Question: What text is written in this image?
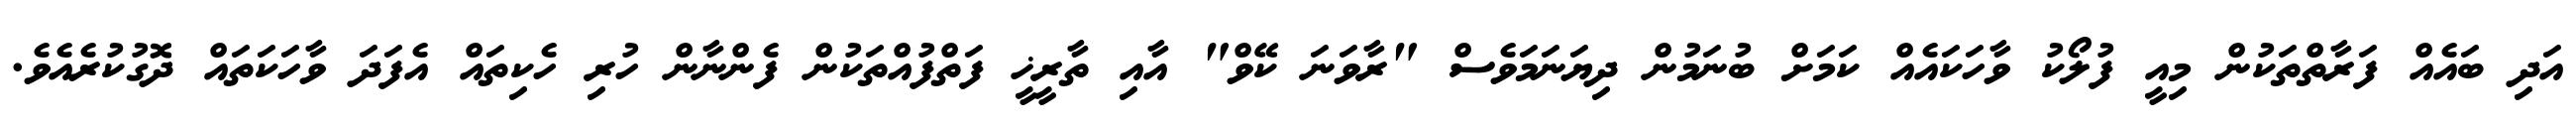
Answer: އަދި ބައެއް ފަރާތްތަކުން މިއީ ފުލޯކު ވާހަކައެއް ކަމަށް ބުނަމުން ދިޔަނަމަވެސް "ރާވަނަ ކޭވް" އާއި ތާރީޚީ ފަތްފުއްތަކުން ފެންނާން ހުރި ހެކިތައް އެފަދަ ވާހަކަތައް ދޮގުކުރެއެވެ.